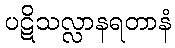
ပဋိသလ္လာနရတာနံ